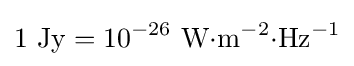
1~\mathrm {Jy} =10^{-26}~\mathrm {W} {\cdot }\mathrm {m^{-2}} {\cdot }\mathrm {Hz^{-1}}